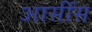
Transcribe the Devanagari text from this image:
आर्सीस